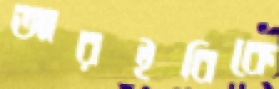
আরইবিকে